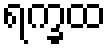
ရက္ခထ